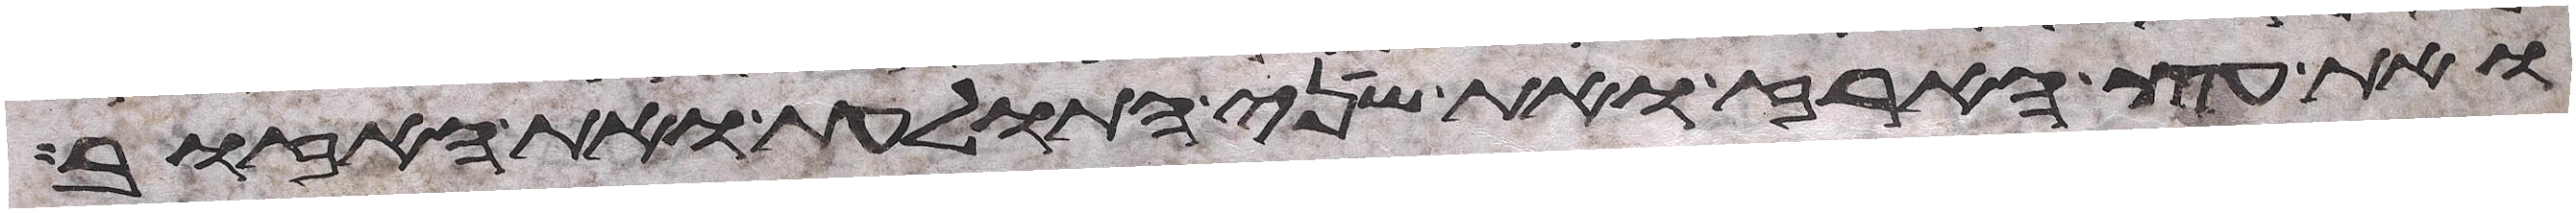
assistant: ואת עץ הארז ואת שני התולעת ואת האזוב